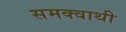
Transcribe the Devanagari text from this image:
समक्वाथी